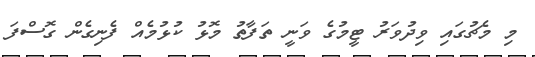
މި މެޗުގައި ވިދުވަރު ޓީމުގެ ވަނީ ތަފާތު މޮޅު ކުޅުމެއް ފެނިގެން ގޮސްފަ